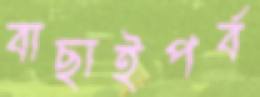
বাছাইপর্ব